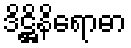
ဒိဋ္ဌိနိရောဓာ